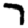
Digit: 7